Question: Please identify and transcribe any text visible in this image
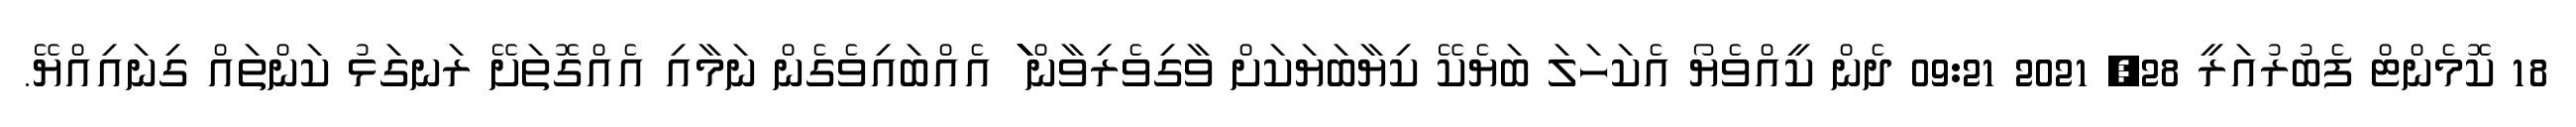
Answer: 18 ކޮމެންޓް ފެބުރުއަރީ 28, 2021 09:21 ދެން ކީއްވެޔޯ އެކަހަލަ ބަޔެކޭ ކިޔާބަޔަކަށް ވާގިވެރިވާން ަަަަަަަަަަަަަަަަަަަަަަަަަަަަަަަަަަަަަަަަަަަަަަަ އެއްބައިވެގެން ނަމާއި އެއްގޮތަށޭ ރަނގަޅު ކަންތައް ގިނައިއްޔޭ.